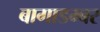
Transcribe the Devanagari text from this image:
बागाडम्बर